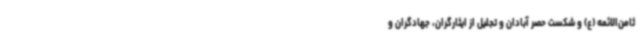
ثامن‌الائمه (ع) و شکست حصر آبادان و تجلیل از ایثارگران، جهادگران و